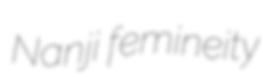
Nanji femineity